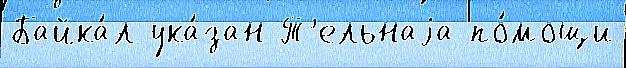
Байка́л ука́зан Т'ельнаjа по́мощи